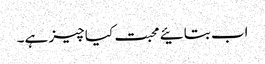
اب بتائیے محبت کیا چیز ہے۔